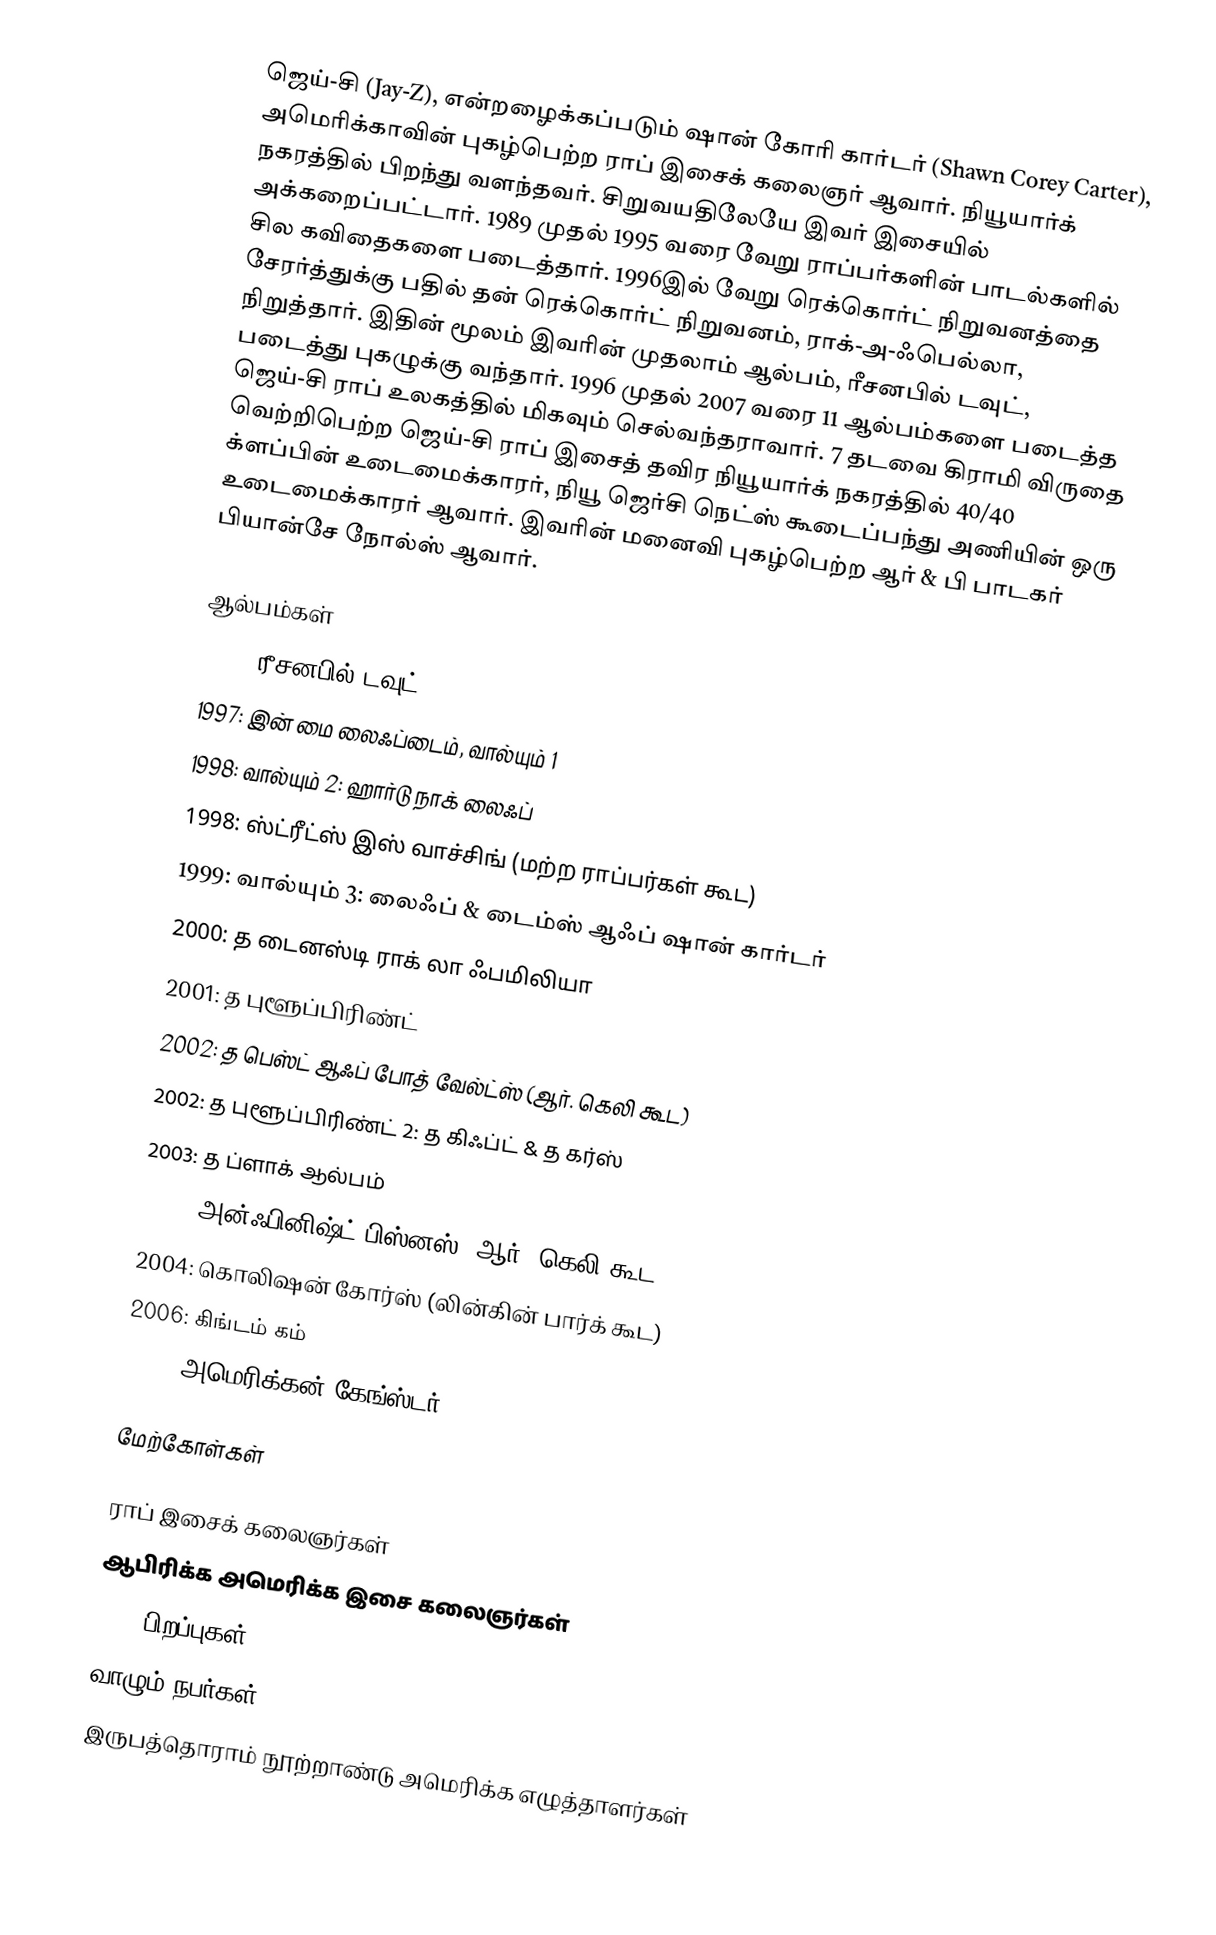
ஜெய்-சி (Jay-Z), என்றழைக்கப்படும் ஷான் கோரி கார்டர் (Shawn Corey Carter), அமெரிக்காவின் புகழ்பெற்ற ராப் இசைக் கலைஞர் ஆவார். நியூயார்க் நகரத்தில் பிறந்து வளந்தவர். சிறுவயதிலேயே இவர் இசையில் அக்கறைப்பட்டார். 1989 முதல் 1995 வரை வேறு ராப்பர்களின் பாடல்களில் சில கவிதைகளை படைத்தார். 1996இல் வேறு ரெக்கொர்ட் நிறுவனத்தை சேரர்த்துக்கு பதில் தன் ரெக்கொர்ட் நிறுவனம், ராக்-அ-ஃபெல்லா, நிறுத்தார். இதின் மூலம் இவரின் முதலாம் ஆல்பம், ரீசனபில் டவுட், படைத்து புகழுக்கு வந்தார். 1996 முதல் 2007 வரை 11 ஆல்பம்களை படைத்த ஜெய்-சி ராப் உலகத்தில் மிகவும் செல்வந்தராவார். 7 தடவை கிராமி விருதை வெற்றிபெற்ற ஜெய்-சி ராப் இசைத் தவிர நியூயார்க் நகரத்தில் 40/40 க்ளப்பின் உடைமைக்காரர், நியூ ஜெர்சி நெட்ஸ் கூடைப்பந்து அணியின் ஒரு உடைமைக்காரர் ஆவார். இவரின் மனைவி புகழ்பெற்ற ஆர் & பி பாடகர் பியான்சே நோல்ஸ் ஆவார்.

ஆல்பம்கள்
 1996: ரீசனபில் டவுட்
 1997: இன் மை லைஃப்டைம், வால்யும் 1
 1998: வால்யும் 2: ஹார்டு நாக் லைஃப்
 1998: ஸ்ட்ரீட்ஸ் இஸ் வாச்சிங் (மற்ற ராப்பர்கள் கூட)
 1999: வால்யும் 3: லைஃப் & டைம்ஸ் ஆஃப் ஷான் கார்டர்
 2000: த டைனஸ்டி ராக் லா ஃபமிலியா
 2001: த புளூப்பிரிண்ட்
 2002: த பெஸ்ட் ஆஃப் போத் வேல்ட்ஸ் (ஆர். கெலி கூட)
 2002: த புளூப்பிரிண்ட் 2: த கிஃப்ட் & த கர்ஸ்
 2003: த ப்ளாக் ஆல்பம்
 2004: அன்ஃபினிஷ்ட் பிஸ்னஸ் (ஆர். கெலி கூட)
 2004: கொலிஷன் கோர்ஸ் (லின்கின் பார்க் கூட)
 2006: கிங்டம் கம்
 2007: அமெரிக்கன் கேங்ஸ்டர்

மேற்கோள்கள்

ராப் இசைக் கலைஞர்கள்
ஆபிரிக்க அமெரிக்க இசை கலைஞர்கள்
1969 பிறப்புகள்
வாழும் நபர்கள்
இருபத்தொராம் நூற்றாண்டு அமெரிக்க எழுத்தாளர்கள்